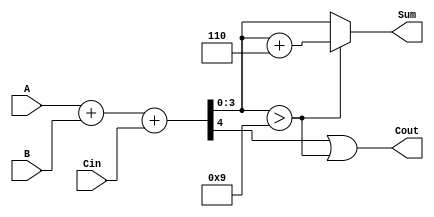
module BCD_Adder (
    input  [3:0] A,      // First BCD digit
    input  [3:0] B,      // Second BCD digit
    input        Cin,     // Carry input
    output [3:0] Sum,     // BCD result
    output       Cout     // Carry output
);

    wire [4:0] S;            // 5-bit sum to accommodate carry
    wire adjust;             // Line to detect BCD correction
    wire [4:0] corrected_sum; // Corrected sum if needed

    // Perform binary addition
    assign S = A + B + Cin;  // S is the sum of A, B, and Cin

    // Determine if correction is needed
    assign adjust = S[3:0] > 4'b1001; // Check if S[3:0] > 9

    // Corrected sum if adjustment is needed
    assign corrected_sum = S + 5'b00110; // Add 6 to the sum

    // Output Sum and Cout based on whether correction is needed
    assign Sum = adjust ? corrected_sum[3:0] : S[3:0]; // If adjustment needed, use corrected sum
    assign Cout = S[4] | adjust; // Cout is set if there's a carry or adjustment indicates too large sum

endmodule